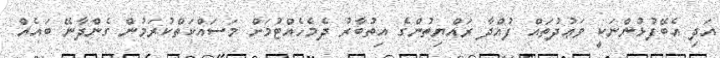
އަދި އެބޭފުޅުންނަކީ ވަޢުދުތައް ފުއްދާ ރައްޔިތުންގެ އިތުބާރު ދެމެހެއްޓުމަށް މަސައްކަތްކުރަމުން ގެންދާނޭ ބައެއް